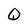
Character: Q